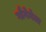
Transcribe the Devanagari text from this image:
गौगेमेला